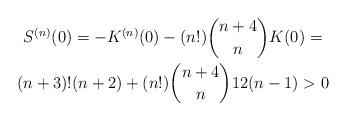
LaTeX: \begin{gather*}S^{(n)}(0)=-K^{(n)}(0)-(n!)\dbinom{n+4}{n}K(0)= \\(n+3)!(n+2)+(n!)\dbinom{n+4}{n}12(n-1)>0\end{gather*}